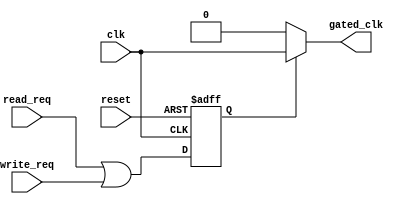
module dynamic_clock_gating (
    input wire clk,                  // Original clock signal
    input wire reset,                // Reset signal
    input wire read_req,             // Read request signal
    input wire write_req,            // Write request signal
    output wire gated_clk            // Gated clock output
);

    // Internal signals
    reg gating_signal;               // Gating signal to control clock
    wire active;                     // Active state signal

    // Determine active state based on read/write requests
    assign active = read_req | write_req;

    // Gating signal generation logic
    always @(posedge clk or posedge reset) begin
        if (reset) begin
            gating_signal <= 1'b0;   // Reset gating signal
        end else begin
            gating_signal <= active;  // Update gating signal based on activity
        end
    end

    // Clock Gating Cell
    assign gated_clk = gating_signal ? clk : 1'b0; // Gated clock output

endmodule